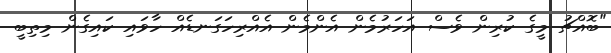
"ބޮއްޗު މީގެ ކުރިން ވެސް އަހަރުމެން އެންމެން އެއްރިހަގަނޑެއް ހާވައި ކައިގެން މިތިބީ